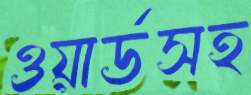
ওয়ার্ডসহ